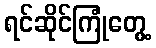
ရင်ဆိုင်ကြုံတွေ့